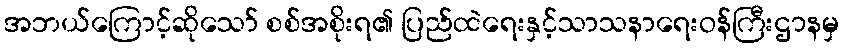
အဘယ်ကြောင့်ဆိုသော် စစ်အစိုးရ၏ ပြည်ထဲရေးနှင့်သာသနာရေးဝန်ကြီးဌာနမှ